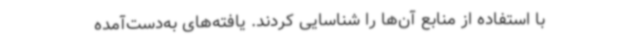
با استفاده از منابع آن‌ها را شناسایی کردند. یافته‌های به‌دست‌آمده